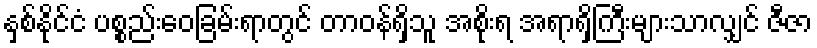
နှစ်နိုင်ငံ ပစ္စည်းဝေခြမ်းရာတွင် တာဝန်ရှိသူ အစိုးရ အရာရှိကြီးများသာလျှင် ဇီဇာ